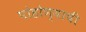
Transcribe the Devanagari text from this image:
पोहोण्याची